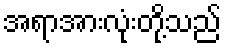
အရာအားလုံးတို့သည်